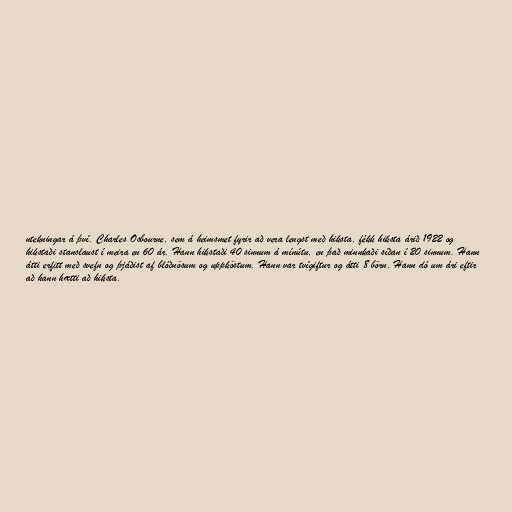
ntekningar á því. Charles Osbourne, sem á heimsmet fyrir að vera lengst með hiksta, fékk hiksta árið 1922 og
hikstaði stanslaust í meira en 60 ár. Hann hikstaði 40 sinnum á mínútu, en það minnkaði síðan í 20 sinnum. Hann
átti erfitt með svefn og þjáðist af blóðnösum og uppköstum. Hann var tvígiftur og átti 8 börn. Hann dó um ári eftir
að hann hætti að hiksta.